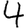
Digit: 4